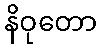
နိဝုတော